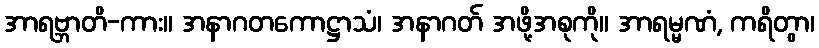
အာရဗ္ဘာတိ-ကား။ အနာဂတကောဋ္ဌာသံ၊ အနာဂတ် အဖို့အစုကို။ အာရမ္မဏံ, ကရိတွာ၊